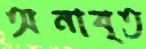
অনাবৃত